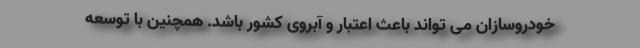
خودروسازان می تواند باعث اعتبار و آبروی کشور باشد. همچنین با توسعه